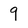
Character: 9